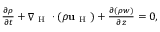
\begin{array} { r } { \frac { \partial \rho } { \partial t } + \nabla _ { \mathrm { ~ H ~ } } \cdot ( \rho \mathbf { u } _ { \mathrm { ~ H ~ } } ) + \frac { \partial ( \rho w ) } { \partial z } = 0 , } \end{array}